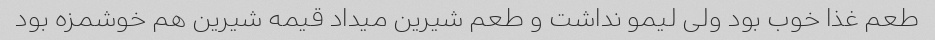
طعم غذا خوب بود ولی لیمو نداشت و طعم شیرین میداد قیمه شیرین هم خوشمزه بود